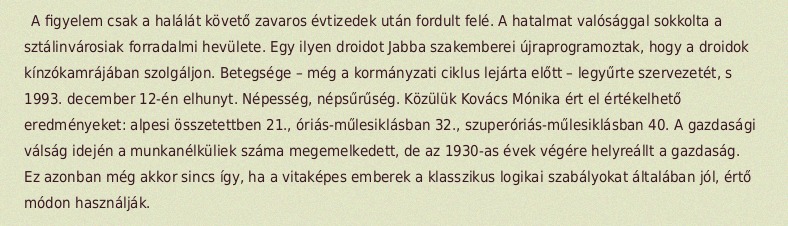
A figyelem csak a halálát követő zavaros évtizedek után fordult felé. A hatalmat valósággal sokkolta a sztálinvárosiak forradalmi hevülete. Egy ilyen droidot Jabba szakemberei újraprogramoztak, hogy a droidok kínzókamrájában szolgáljon. Betegsége – még a kormányzati ciklus lejárta előtt – legyűrte szervezetét, s 1993. december 12-én elhunyt. Népesség, népsűrűség. Közülük Kovács Mónika ért el értékelhető eredményeket: alpesi összetettben 21., óriás-műlesiklásban 32., szuperóriás-műlesiklásban 40. A gazdasági válság idején a munkanélküliek száma megemelkedett, de az 1930-as évek végére helyreállt a gazdaság. Ez azonban még akkor sincs így, ha a vitaképes emberek a klasszikus logikai szabályokat általában jól, értő módon használják.